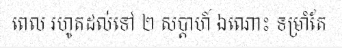
ពេល រហូតដល់ទៅ ២ សប្តាហ៍ ឯណោះ ទម្រាំតែ